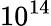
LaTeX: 1{0}^{14}